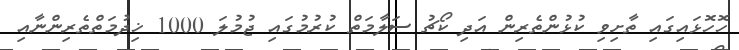
ހޮހޮޅައިގައި ތާށިވި ކުޅުންތެރިން އަދި ކޯޗު ސަލާމަތް ކުރުމުގައި ޖުމުލަ 1000 ޚިދުމަތްތެރިންނާއި